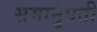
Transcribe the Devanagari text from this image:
समानुपती